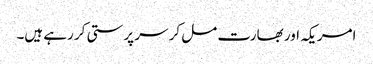
امریکہ اور بھارت مل کر سر پرستی کر رہے ہیں۔